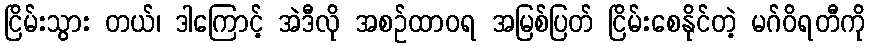
ငြိမ်းသွား တယ်၊ ဒါကြောင့် အဲဒီလို အစဉ်ထာဝရ အမြစ်ပြတ် ငြိမ်းစေနိုင်တဲ့ မဂ်ဝိရတီကို